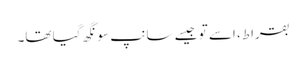
بقراط، اسے تو جیسے سانپ سونگھ گیا تھا۔